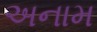
અનામ